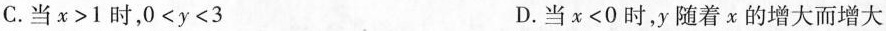
C.当x>1时，0<y<3 D.当x<0时，y随着x的增大而增大